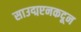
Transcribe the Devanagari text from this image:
साउद्मप्टनकदून